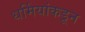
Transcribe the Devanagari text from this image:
धर्मियांकडून